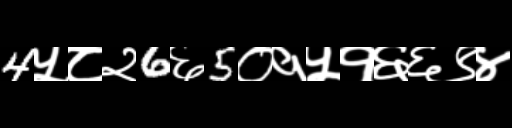
Text: 4५८२6६5०१५१६६९४